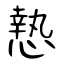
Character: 慹